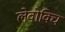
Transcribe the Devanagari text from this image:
लेवोविच